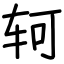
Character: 轲